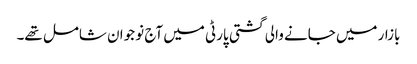
بازار میں جانے والی گشتی پارٹی میں آج نو جوان شامل تھے۔